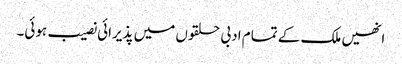
انھیں ملک کے تمام ادبی حلقوں میں پذیرائی نصیب ہوئی۔